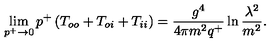
\lim _ { p ^ { + } \rightarrow 0 } p ^ { + } \left( T _ { o o } + T _ { o i } + T _ { i i } \right) = \frac { g ^ { 4 } } { 4 \pi m ^ { 2 } q ^ { + } } \ln \frac { \lambda ^ { 2 } } { m ^ { 2 } } .